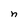
Character: n